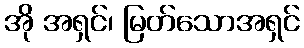
အို အရှင်၊ မြတ်သောအရှင်